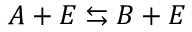
A + E \leftrightarrows B + E